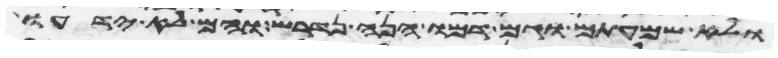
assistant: ולא שמעתים וגם דמו הנה נדרש והם לא ידעו